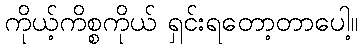
ကိုယ့်ကိစ္စကိုယ် ရှင်းရတော့တာပေါ့။